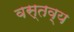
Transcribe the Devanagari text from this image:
वस्तव्य